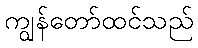
ကျွန်တော်ထင်သည်